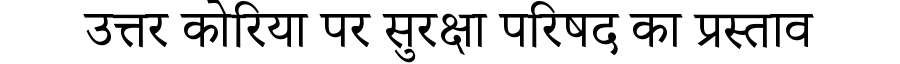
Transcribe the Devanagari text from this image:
उत्तर कोरिया पर सुरक्षा परिषद का प्रस्ताव